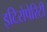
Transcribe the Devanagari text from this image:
इटिरोपेरिटी